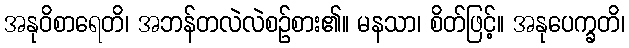
အနုဝိစာရေတိ၊ အဘန်တလဲလဲစဉ်စား၏။ မနသာ၊ စိတ်ဖြင့်။ အနုပေက္ခတိ၊